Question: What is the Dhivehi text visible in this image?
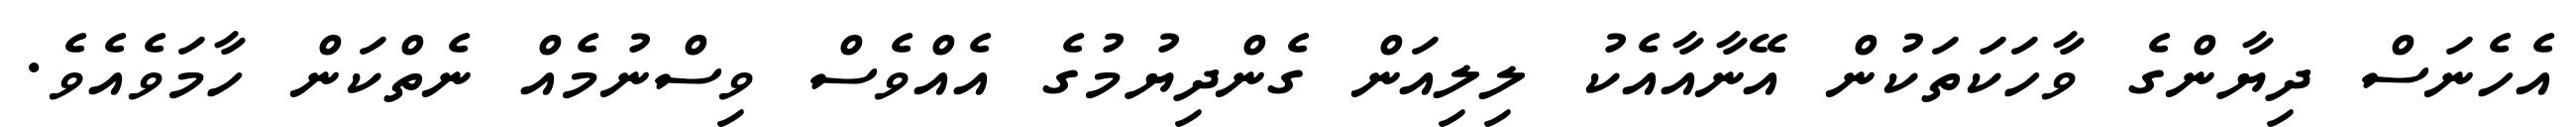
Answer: އެހެނަސް ދިޔާންގެ ވާހަކަތަކުން އޭނާއާއެކު ލިލިއަން ގެންދިޔުމުގެ އެއްވެސް ވިސްނުމެއް ނެތްކަން ހާމަވެއެވެ.